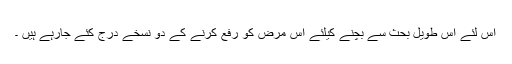
اس لئے اس طویل بحث سے بچنے کیلئے اس مرض کو رفع کرنے کے دو نسخے درج کئے جارہے ہیں ۔